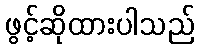
ဖွင့်ဆိုထားပါသည်